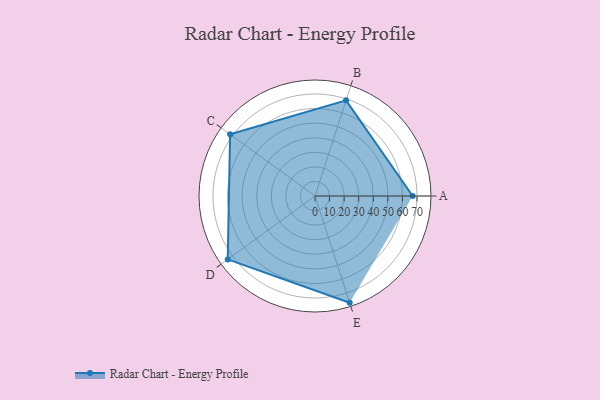
{"axis": {"x": "Skill", "y": "Score"}, "legend": ["Profile"], "data": [{"x": "A", "y": 67.0, "type": "Profile"}, {"x": "B", "y": 69.0, "type": "Profile"}, {"x": "C", "y": 72.0, "type": "Profile"}, {"x": "D", "y": 74.0, "type": "Profile"}, {"x": "E", "y": 77.0, "type": "Profile"}]}